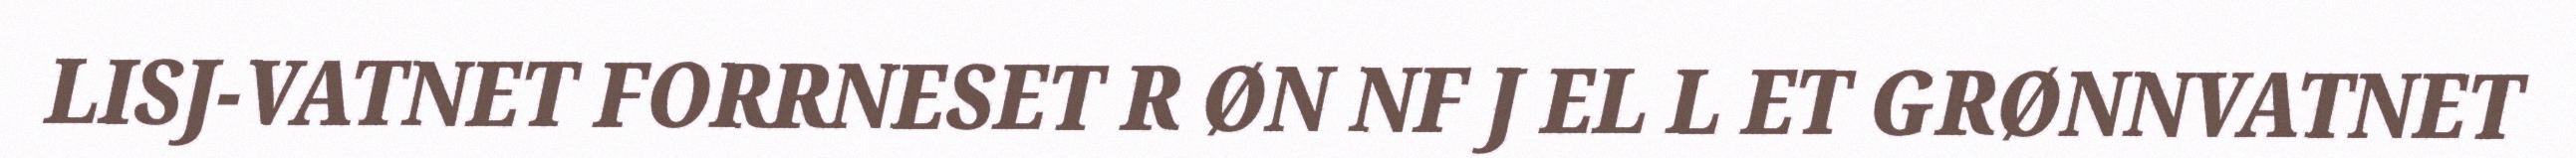
LISJ-VATNET FORRNESET R ØN NF J EL L ET GRØNNVATNET